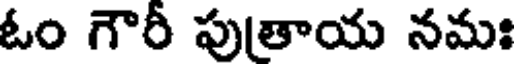
ఓం గౌరీ పుతాయ నమః